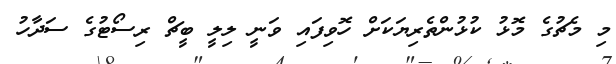
މި މެޗުގެ މޮޅު ކުޅުންތެރިޔަކަށް ހޮވިފައި ވަނީ ލިލީ ބީޗް ރިސޯޓުގެ ސަދާހު